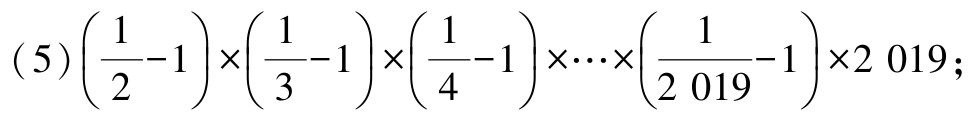
\((5)\left(\frac{1}{2}-1\right)\times\left(\frac{1}{3}-1\right)\times\left(\frac{1}{4}-1\right)\times\cdots\times\left(\frac{1}{2019}-1\right)\times2019\)